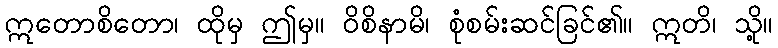
ဣတောစိတော၊ ထိုမှ ဤမှ။ ဝိစိနာမိ၊ စုံစမ်းဆင်ခြင်၏။ ဣတိ၊ သို့။